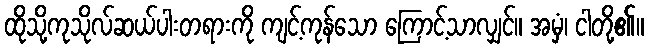
ထိုသို့ကုသိုလ်ဆယ်ပါးတရားကို ကျင့်ကုန်သော ကြောင့်သာလျှင်။ အမှံ၊ ငါတို့၏။